Indian Civil Veterinary Department memoirs
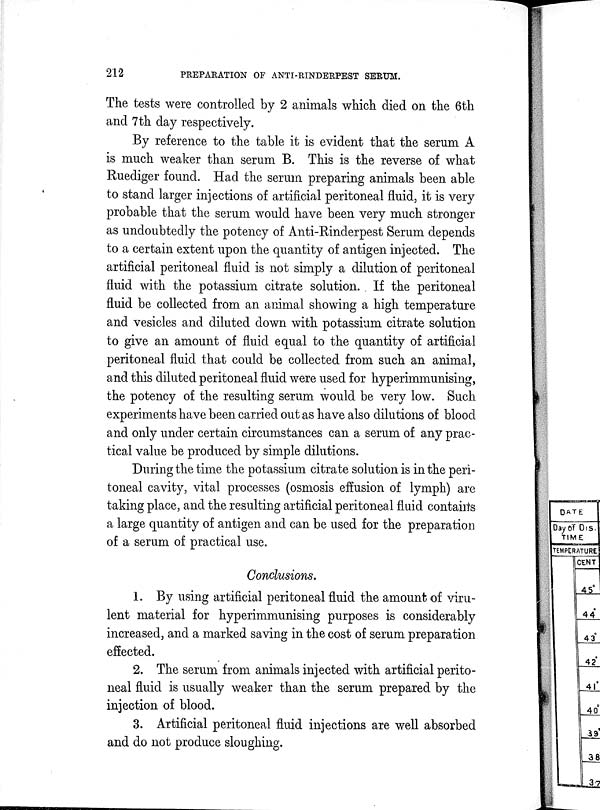
212
PREPARATION OF ANTI-RINDERPEST SERUM.
The tests were controlled by 2 animals which died on the 6th
and 7th day respectively.
By reference to the table it is evident that the serum A
is much weaker than serum B. This is the reverse of what
Ruediger found. Had the serum preparing animals been able
to stand larger injections of artificial peritoneal fluid, it is very
probable that the serum would have been very much stronger
as undoubtedly the potency of Anti-Rinderpest Serum depends
to a certain extent upon the quantity of antigen injected. The
artificial peritoneal fluid is not simply a dilution of peritoneal
fluid with the potassium citrate solution. If the peritoneal
fluid be collected from an animal showing a high temperature
and vesicles and diluted down with potassium citrate solution
to give an amount of fluid equal to the quantity of artificial
peritoneal fluid that could be collected from such an animal,
and this diluted peritoneal fluid were used for hyperimmunising,
the potency of the resulting serum would be very low. Such
experiments have been carried out as have also dilutions of blood
and only under certain circumstances can a serum of any prac-
tical value be produced by simple dilutions.
During the time the potassium citrate solution is in the peri-
toneal cavity, vital processes (osmosis effusion of lymph) are
taking place, and the resulting artificial peritoneal fluid contains
a large quantity of antigen and can be used for the preparation
of a serum of practical use.
Conclusions.
1. By using artificial peritoneal fluid the amount of viru-
lent material for hyperimmunising purposes is considerably
increased, and a marked saving in the cost of serum preparation
effected.
2. The serum from animals injected with artificial perito-
neal fluid is usually weaker than the serum prepared by the
injection of blood.
3. Artificial peritoneal fluid injections are well absorbed
and do not produce sloughing.